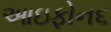
આઇફોન૬